Report of the King Institute of Preventive Medicine, Guindy
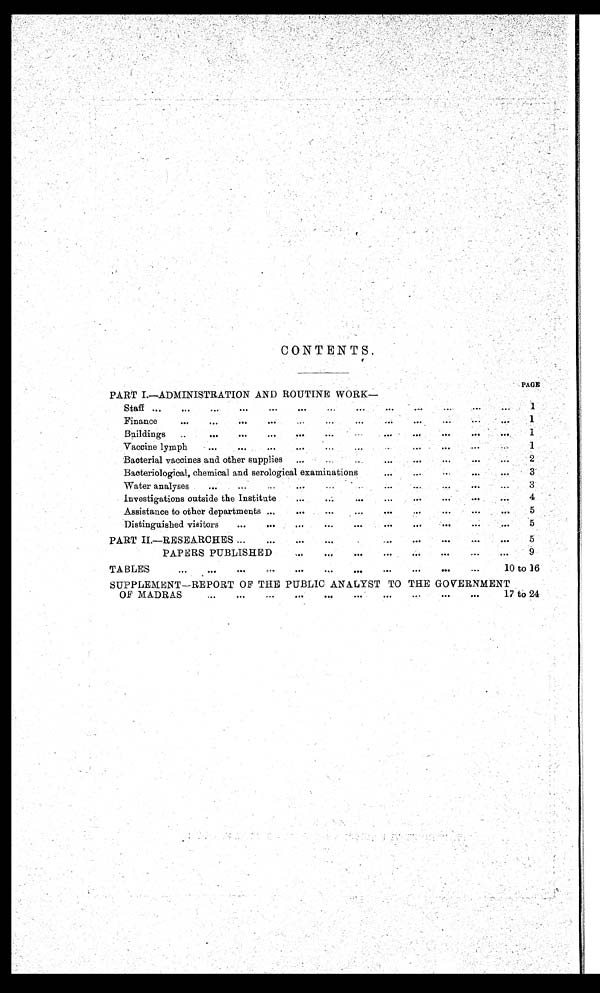
CONTENTS.
PART I.—ADMINISTRATION AND ROUTINE WORK
PAGE
Staff
.
.
.
1
Finance
.
.
.
1
Buildings
.
.
.
1
Vaccine lymph . . .
1
Bacterial vaccines and other supplies . . .
2
Bacteriological, chemical and serological examinations . . .
3
Water analyses . . .
3
Investigations outside the Institute . . .
4
Assistance to other departments . . .
5
Di stinguished visitors . . .
5
PART II—RESEARCHES . . .
5
PAPERS PUBLISHED . . .
9
TABLES . . .
10 to 16
SUPPLEMENT—REPORT OF THE PUBLIC ANALYST TO THE GOVERNMENT
OF MADRAS. . .
17 to 24